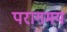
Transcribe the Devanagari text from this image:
परागमय